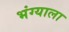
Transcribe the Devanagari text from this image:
भंग्याला